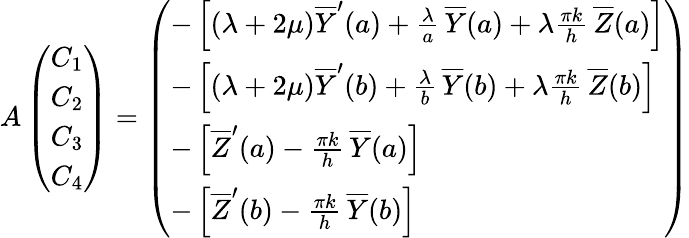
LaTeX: A\left(\begin{array}{l}{C_{1}}\\ {C_{2}}\\ {C_{3}}\\ {C_{4}}\end{array}\right)=\left(\begin{array}{l}{-\left[(\lambda+2\mu)\overline{Y}^{\prime}(a)+\frac{\lambda}{a}\, \overline{Y}(a)+\lambda\frac{\pi k}{h}\, \overline{Z}(a)\right]}\\ {-\left[(\lambda+2\mu)\overline{Y}^{\prime}(b)+\frac{\lambda}{b}\, \overline{Y}(b)+\lambda\frac{\pi k}{h}\, \overline{Z}(b)\right]}\\ {-\left[\overline{Z}^{\prime}(a)-\frac{\pi k}{h}\, \overline{Y}(a)\right]}\\ {-\left[\overline{Z}^{\prime}(b)-\frac{\pi k}{h}\, \overline{Y}(b)\right]}\end{array}\right)